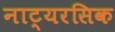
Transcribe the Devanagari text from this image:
नाट्यरसिक